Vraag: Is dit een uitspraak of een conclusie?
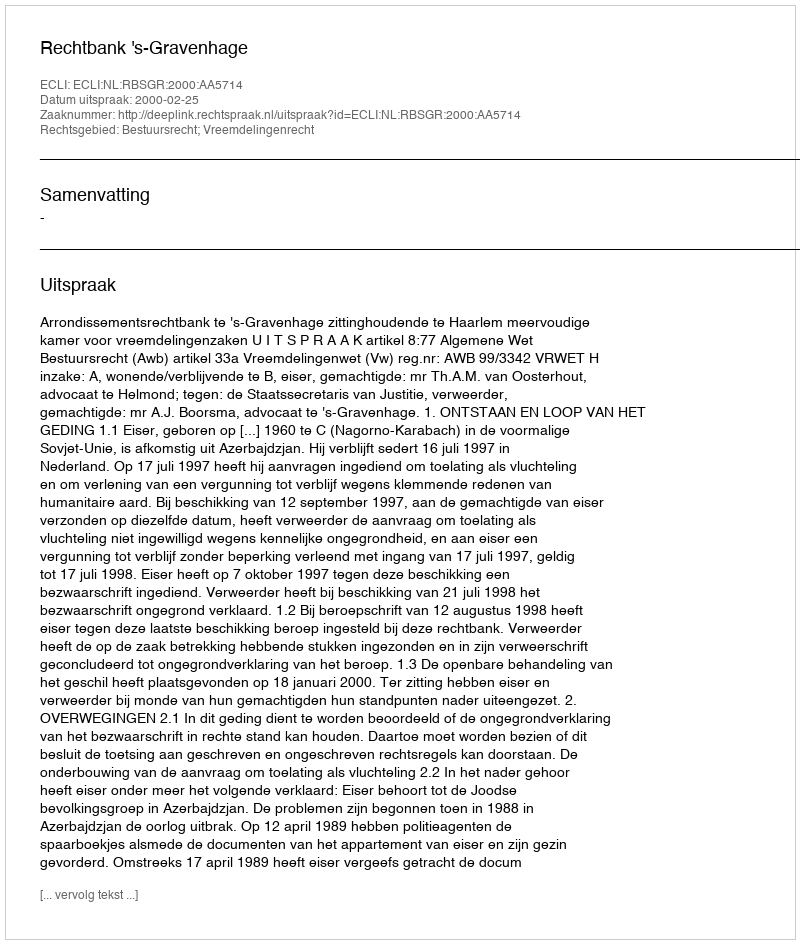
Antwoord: Uitspraak